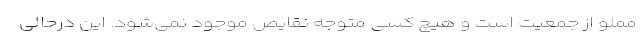
مملو از جمعیت است و هیچ کسی متوجه نقایص موجود نمی‌شود. این درحالی